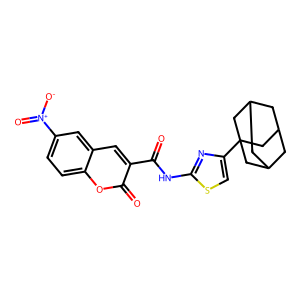
SMILES: O=C(Nc1nc(C23CC4CC(CC(C4)C2)C3)cs1)c1cc2cc([N+](=O)[O-])ccc2oc1=O
Inhibits HIV replication: No